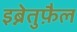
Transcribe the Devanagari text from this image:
इब्नेतुफ़ैल